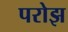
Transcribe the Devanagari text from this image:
परोझ